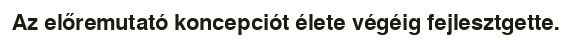
Az előremutató koncepciót élete végéig fejlesztgette.